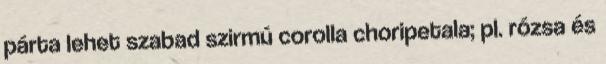
párta lehet szabad szirmú corolla choripetala; pl. rózsa és